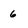
Character: 6